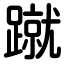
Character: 蹴